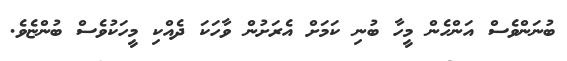
ބުނަންވެސް އަންހެން މީހާ ބުނި ކަމަށް އެރަށުން ވާހަކަ ދެއްކި މީހަކުވެސް ބުންޏެވެ.